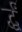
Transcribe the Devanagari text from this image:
र्द्धं